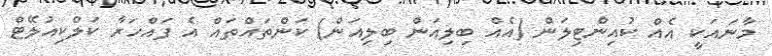
މާނައަކީ އެއް ކުއިންޓިލަން (އެއް ބިިލިއަން ބިލިއަން) ކަންތައްތައް އެ ފައްހަރާ ކަލްކިއުލޭޓް